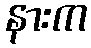
နားက